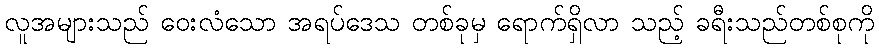
လူအများသည် ဝေးလံသော အရပ်ဒေသ တစ်ခုမှ ရောက်ရှိလာ သည့် ခရီးသည်တစ်စုကို